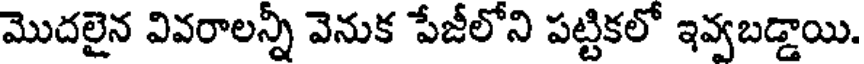
మొదలైన వివరాలన్నీ వెనుక పేజీలోని పట్టికలో ఇవ్వబడ్డాయి.